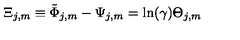
\Xi _ { j , m } \equiv \tilde { \Phi } _ { j , m } - \Psi _ { j , m } = \ln ( \gamma ) \Theta _ { j , m }